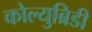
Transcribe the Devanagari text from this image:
कोल्युब्रिडी